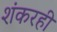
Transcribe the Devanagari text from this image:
शंकरही